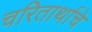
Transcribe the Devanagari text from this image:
चरितार्थाचे